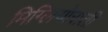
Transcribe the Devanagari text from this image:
मिग्लियोराती